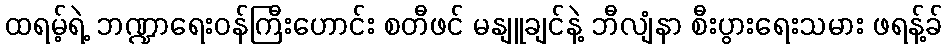
ထရမ့်ရဲ့ ဘဏ္ဍာရေးဝန်ကြီးဟောင်း စတီဖင် မနျူချင်နဲ့ ဘီလျံနာ စီးပွားရေးသမား ဖရန့်ခ်